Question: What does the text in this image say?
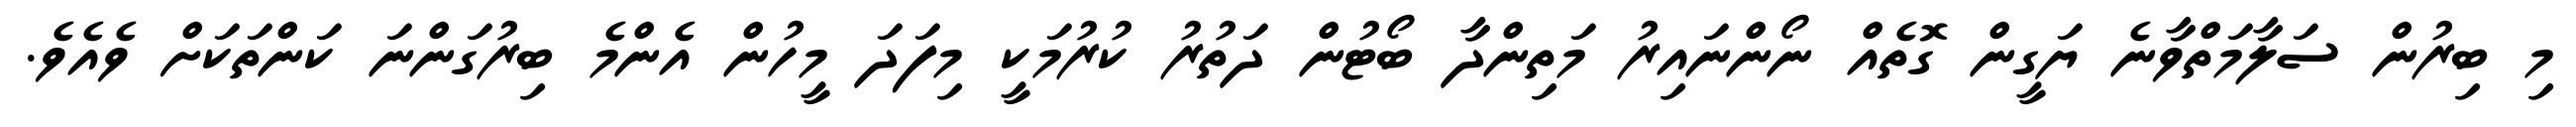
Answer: މި ބިރުން ސަލާމަތްވާނެ ޔަގީން ގޮތެއް ނޯންނައިރު މަތިންދާ ބޯޓުން ދަތުރު ކުރުމަކީ މިފަދަ މީހުން އެންމެ ބިރުގަންނަ ކަންތަކަށް ވެއެވެ.